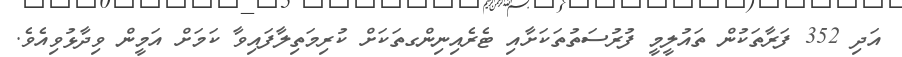
އަދި 352 ފަރާތަކުން ތައުލީމީ ފުރުސަތުތަކަށާއި ޓެރެއިނިންގތަކަށް ކުރިމަތިލާފައިވާ ކަމަށް އަމީން ވިދާޅުވިއެވެ.